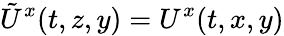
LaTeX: \tilde{U}^{x}(t,z,y)=U^{x}(t,x,y)